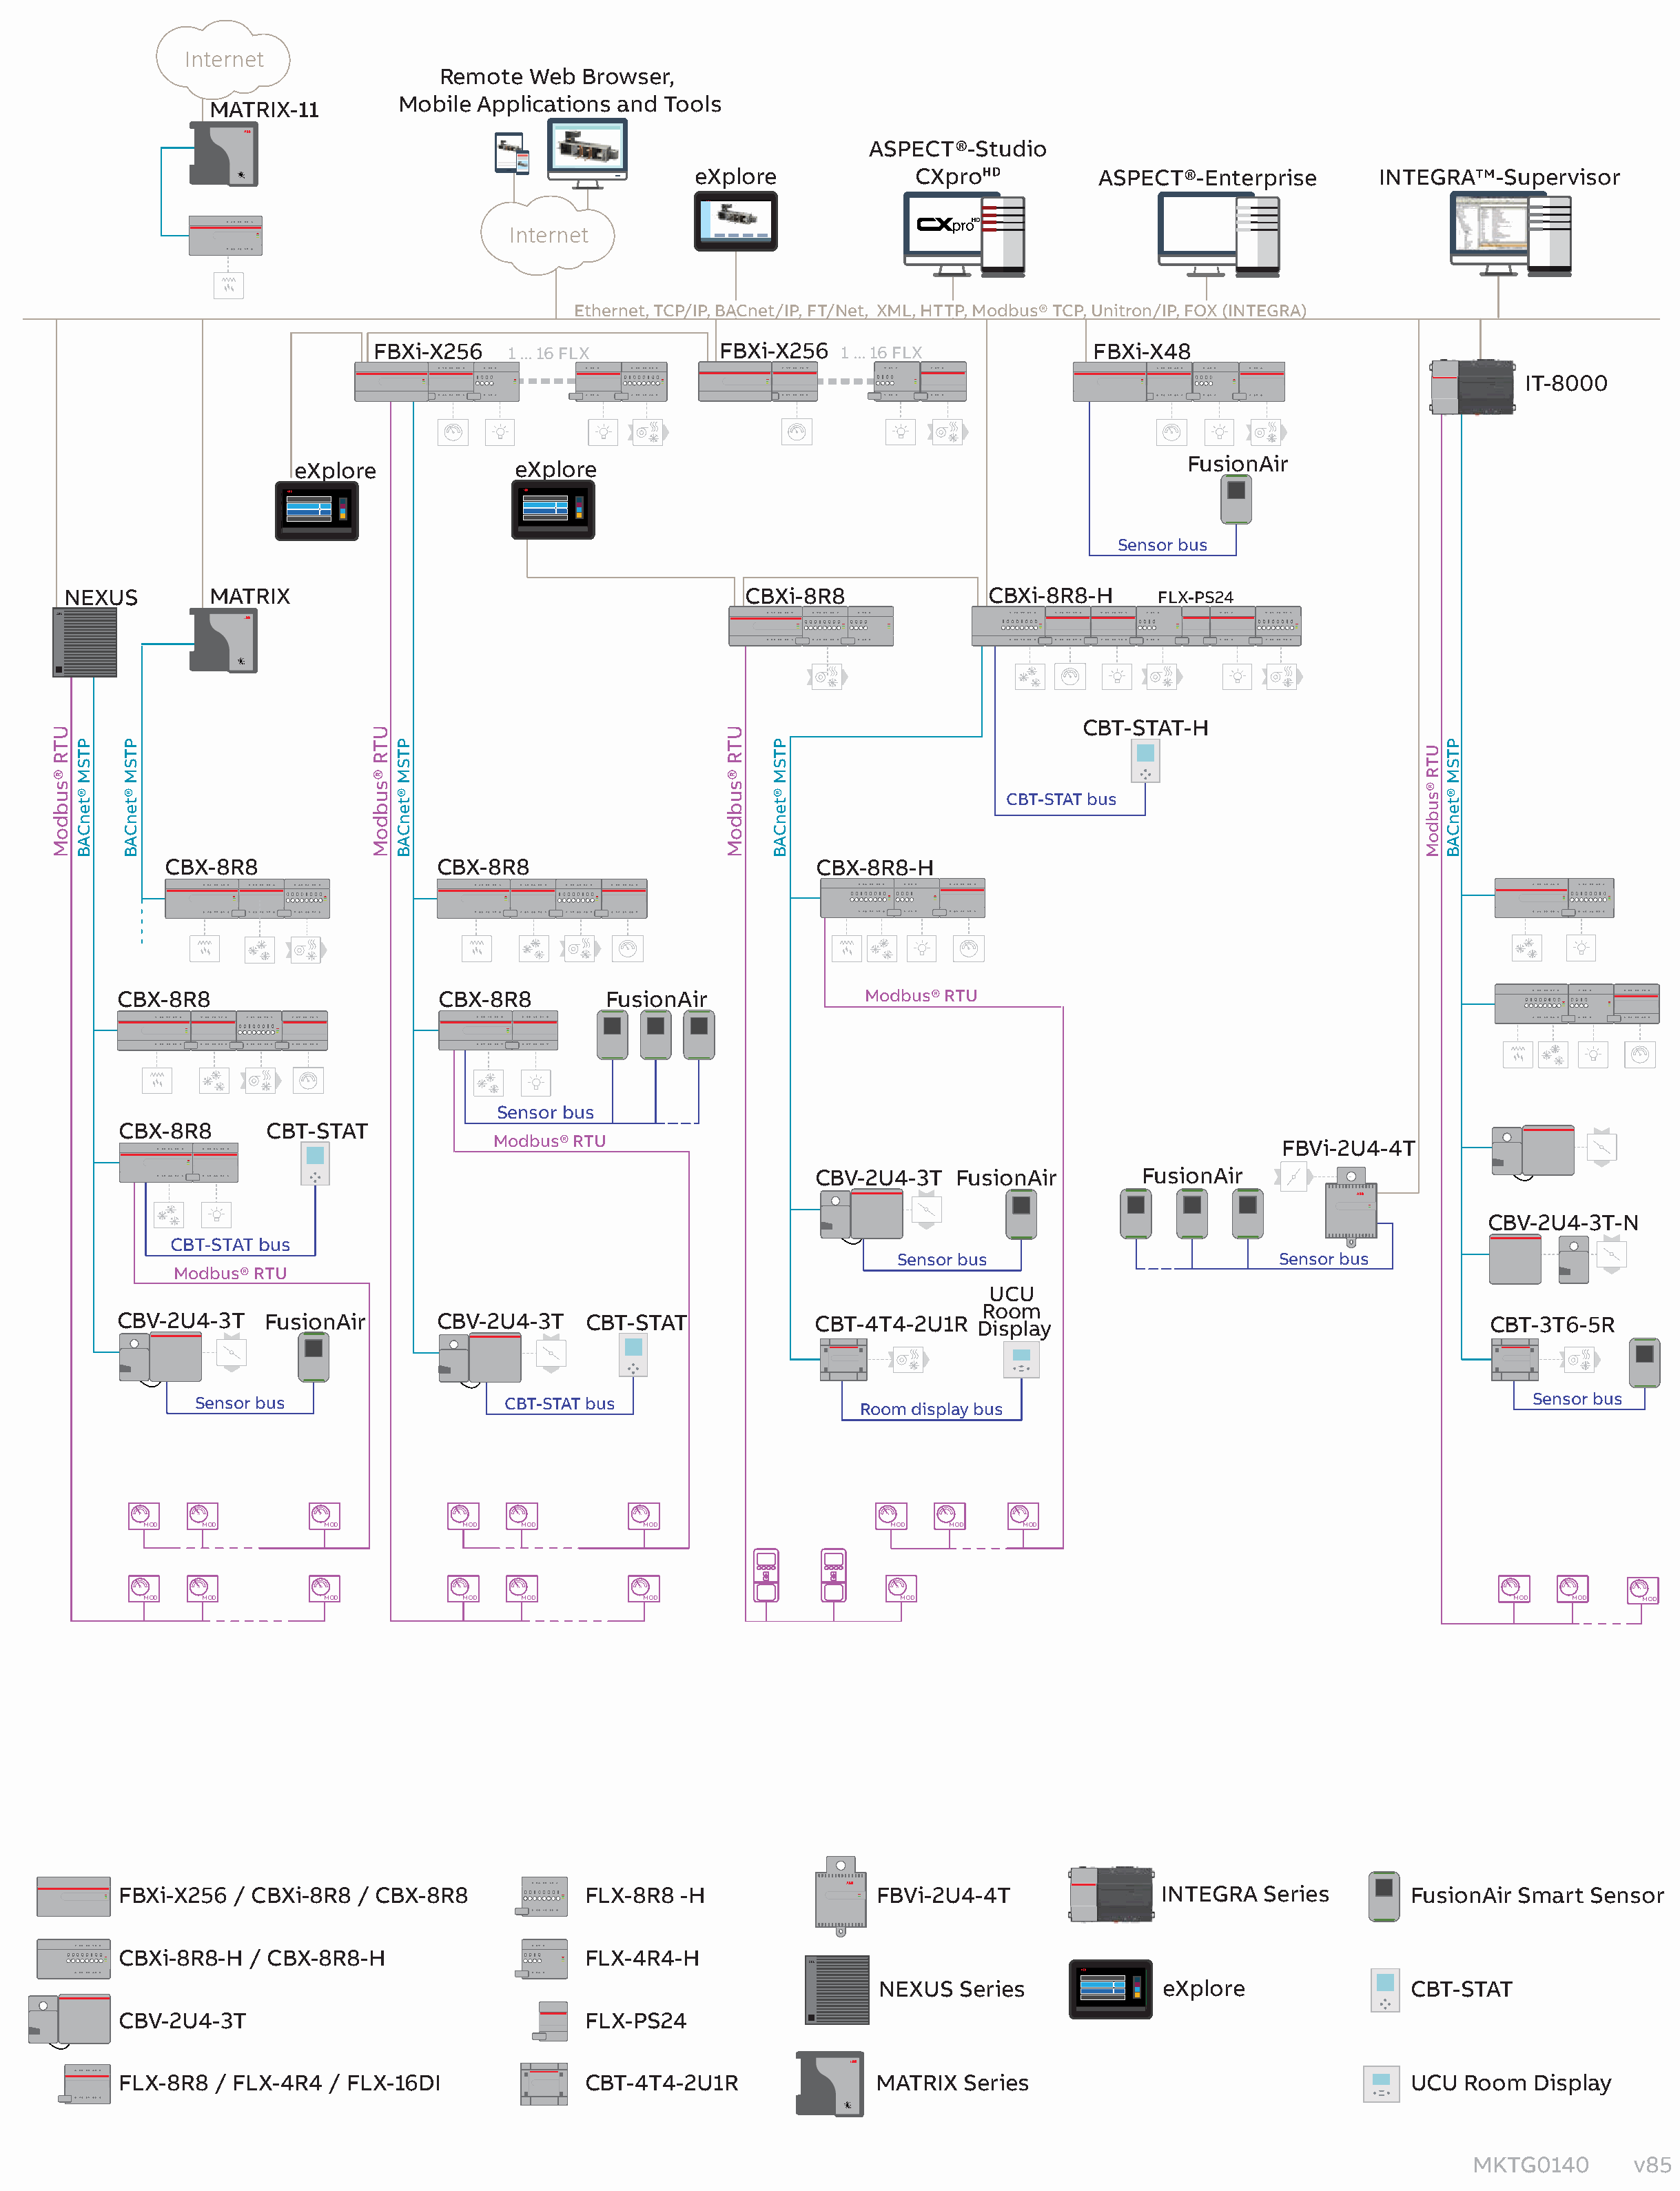
Internet
 Remote   Web  Browser,
 Mobile  Applications and  Tools
 MATRIX-11
 ASPECT®-Studio
 eXplore              CXproᴴᴰ           ASPECT®-Enterprise        INTEGRA™-Supervisor
 Internet
 Ethernet, TCP/IP, BACnet/IP, FT/Net, XML, HTTP, Modbus® TCP, Unitron/IP, FOX (INTEGRA)
 FBXi-X256    1 ... 16 FLX        FBXi-X256   1 ... 16 FLX            FBXi-X48
 IT-8000
 FusionAir
 eXplore              eXplore
 Sensor bus
 NEXUS         MATRIX                                              CBXi-8R8               CBXi-8R8-H      FLX-PS24
 CBT-STAT-H
 CBT-STAT bus
 CBX-8R8                   CBX-8R8                             CBX-8R8-H
 CBX-8R8                        CBX-8R8         FusionAir                Modbus® RTU
 Sensor bus
 CBX-8R8        CBT-STAT
 Modbus® RTU
 FBVi-2U4-4T
 CBV-2U4-3T    FusionAir         FusionAir
 CBV-2U4-3T-N
 CBT-STAT bus
 Sensor bus                           Sensor bus
 Modbus® RTU
 UCU
 Room
 CBV-2U4-3T    FusionAir        CBV-2U4-3T    CBT-STAT              CBT -4T4-2U1R
 Display
 CB T-3T6-5R
 Sensor bus                   CBT-STAT bus                                                                                       Sensor bus
 Room display bus
 MOD  MOD         MOD          MOD   MOD         MOD                     MOD  MOD    MOD
 MOD  MOD         MOD          MOD   MOD         MOD                     MOD                                                        MOD   MOD    MOD
 FBXi-X256  / CBXi-8R8  / CBX-8R8             FLX-8R8  -H                 FBVi-2U4-4T                 INTEGRA  Series         FusionAir Smart  Sensor
 CBXi-8R8-H   / CBX-8R8-H                     FLX-4R4-H
 NEXUS   Series              eXplore                 CBT-STAT
 CBV-2U4-3T                                   FLX-PS24
 FLX-8R8   / FLX-4R4  / FLX-16DI              CBT-4T4-2U1R                MATRIX   Series                                     UCU  Room  Display
 MKTG0140        v85
 UTR
 ®subdoM
 PTSM
 ®tenCAB
 PTSM
 ®tenCAB
 UTR
 ®subdoM
 PTSM
 ®tenCAB
 UTR
 ®subdoM
 PTSM
 ®tenCAB
 UTR
 ®subdoM
 PTSM
 ®tenCAB